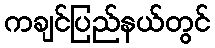
ကချင်ပြည်နယ်တွင်